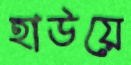
হাউয়ে